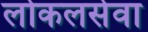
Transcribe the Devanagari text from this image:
लोकलसेवा